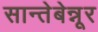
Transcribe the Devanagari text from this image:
सान्तेबेन्नूर